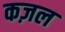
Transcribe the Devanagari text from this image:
कज़ल